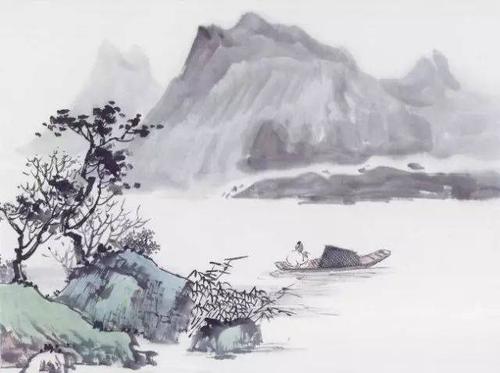
人归落雁后，思发在花前。